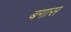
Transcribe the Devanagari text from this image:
बगास